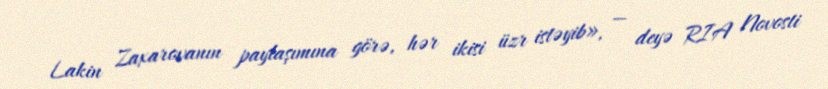
Lakin Zaxarovanın paylaşımına görə, hər ikisi üzr istəyib», — deyə RIA Novosti